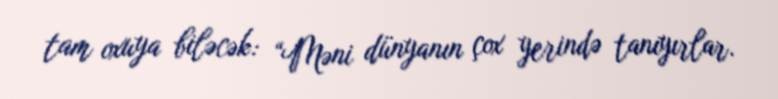
tam oxuya biləcək: “Məni dünyanın çox yerində tanıyırlar.